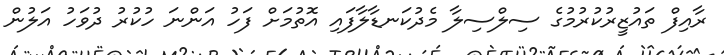
ރާއިފް ތައުޒީރުކުރުމުގެ ސިލްސިލާ މެދުކަނޑާލާފައި އޮތުމަށް ފަހު އަންނަ ހުކުރު ދުވަހު އަލުން